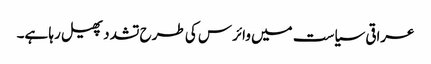
عراقی سیاست میں وائرس کی طرح تشدد پھیل رہا ہے۔